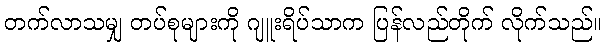
တက်လာသမျှ တပ်စုများကို ဂျူးရိပ်သာက ပြန်လည်တိုက် လိုက်သည်။